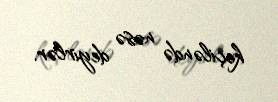
keçiləndə nəsə deyirlər.